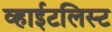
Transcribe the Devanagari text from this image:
व्हाईटलिस्ट